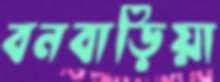
বনবাড়িয়া